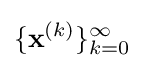
\lbrace \mathbf {x} ^{\left(k\right)}\rbrace _{k=0}^{\infty }